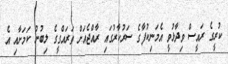
ކުރީގެ ރައީސް ވިދާޅުވީ އެމަނިކުފާގެ ސަރުކާރުގައި ރާއްޖެއަށް ތަރައްގީގެ ލިބުނު ކަމަށާއި އެ